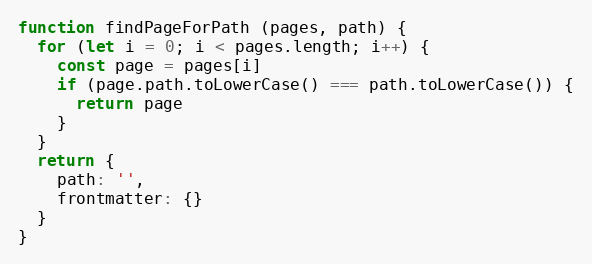
Language: JavaScript
function findPageForPath (pages, path) {
  for (let i = 0; i < pages.length; i++) {
    const page = pages[i]
    if (page.path.toLowerCase() === path.toLowerCase()) {
      return page
    }
  }
  return {
    path: '',
    frontmatter: {}
  }
}